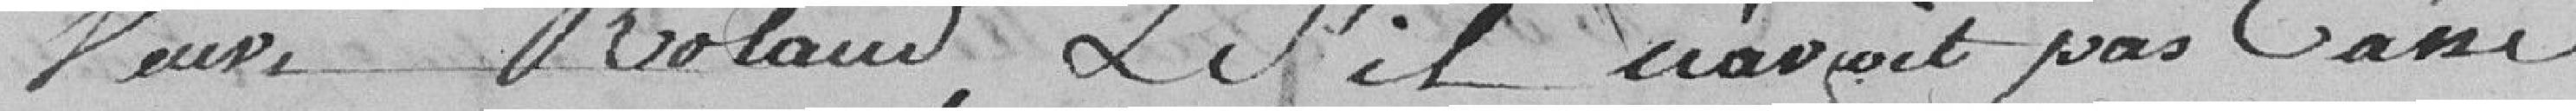
Veuve Rolande, s'il n'avait pas cassé